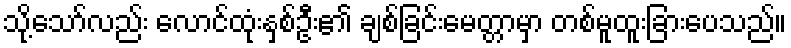
သို့သော်လည်း လောင်ထုံးနှစ်ဦး၏ ချစ်ခြင်းမေတ္တာမှာ တစ်မူထူးခြားပေသည်။